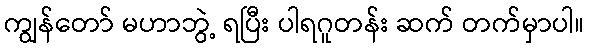
ကျွန်တော် မဟာဘွဲ့ ရပြီး ပါရဂူတန်း ဆက် တက်မှာပါ။